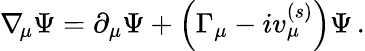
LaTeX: \nabla_{\! \mu}\Psi=\partial_{\mu}\Psi+\left(\Gamma_{\mu}-iv_{\mu}^{(s)}\right)\Psi\, .